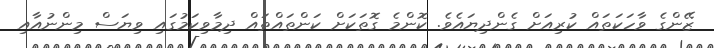
ޒޭންގެ ވާހަކަތައް ކުރިއަށް ގެންދިޔައެވެ. ކޮންމެ ގޮތަކަށް ކަންތައްތައް ދިމާވިކަމުގައި ވިޔަސް މިންނުއާއި